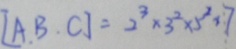
[ A , B , C ] = 2 ^ { 3 } \times 3 ^ { 2 } \times 5 ^ { 2 } \times 7